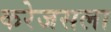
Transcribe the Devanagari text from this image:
करेजसला